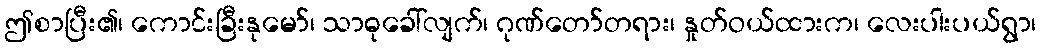
ဤစာပြီး၏၊ ကောင်းခြီးနုမော်၊ သာဓုခေါ်လျက်၊ ဂုဏ်တော်တရား၊ နှုတ်ဝယ်ထားက၊ လေးပါးပယ်ရွာ၊